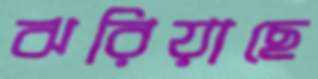
ঝরিয়াছে